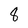
Character: 8